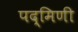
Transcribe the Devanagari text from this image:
पद्मिणी